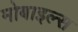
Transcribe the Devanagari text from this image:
मोबाइल्स